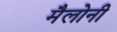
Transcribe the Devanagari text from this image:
मैलोनी